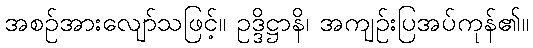
အစဉ်အားလျော်သဖြင့်။ ဥဒ္ဒိဋ္ဌာနိ၊ အကျဉ်းပြအပ်ကုန်၏။